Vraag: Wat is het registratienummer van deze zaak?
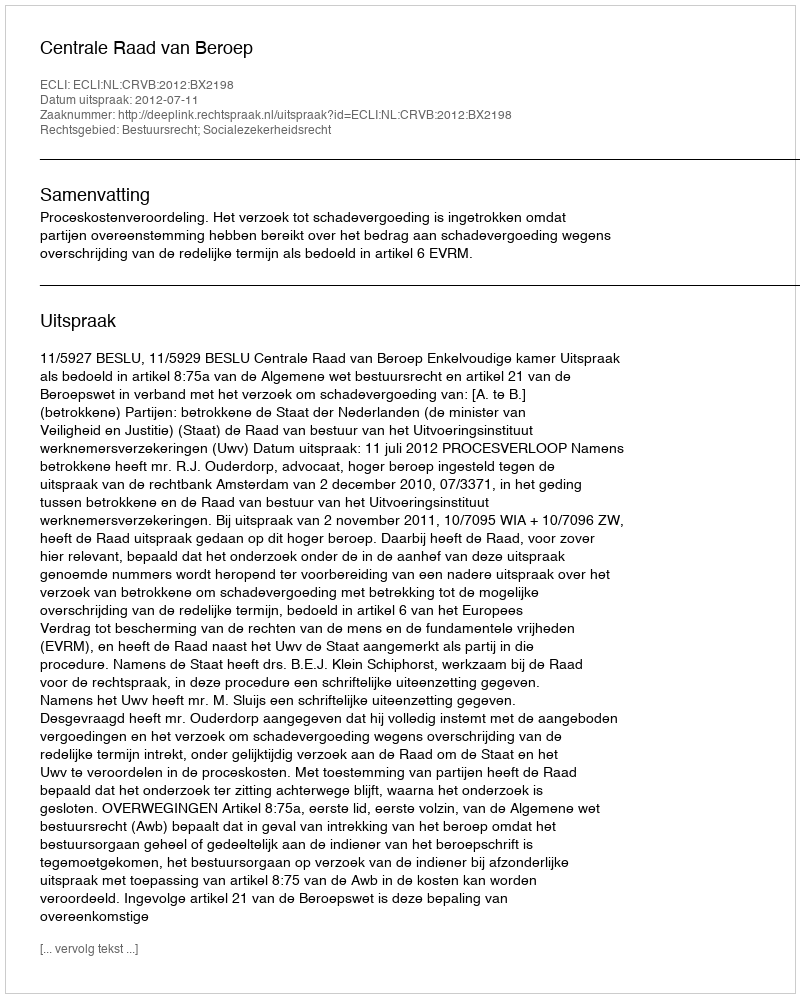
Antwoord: http://deeplink.rechtspraak.nl/uitspraak?id=ECLI:NL:CRVB:2012:BX2198